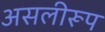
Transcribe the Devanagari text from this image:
असलीरूप